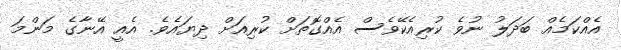
އެއްކަމެއް ބަދަލު ނުވެ ކުރިއެކޭވެސް އެއްގޮތަށް ކުރިއަށް ދިޔައެވެ. އެއީ އޭނާގެ މަންމަ